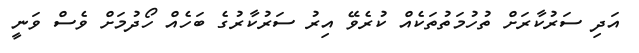
އަދި ސަރުކާރަށް ތުހުމަތުތަކެއް ކުރެވޭ އިރު ސަރުކާރުގެ ބަހެއް ހޯދުމަށް ވެސް ވަނީ